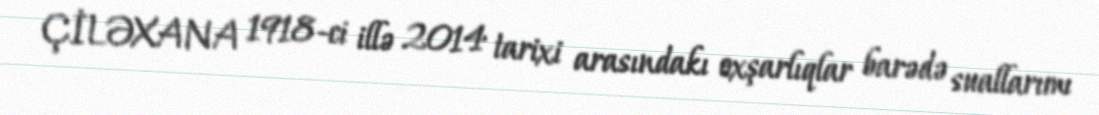
ÇİLƏXANA 1918-ci illə 2014 tarixi arasındakı oxşarlıqlar barədə suallarımı